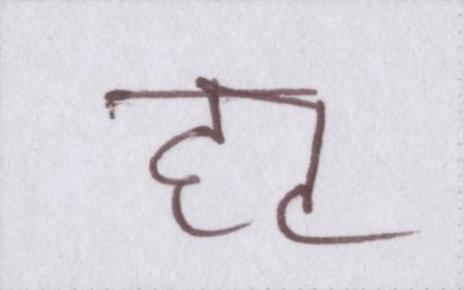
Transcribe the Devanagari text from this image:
हट